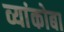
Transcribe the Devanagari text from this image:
व्यांकोबा